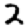
Digit: 2